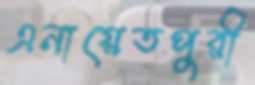
এনায়েতপুরী